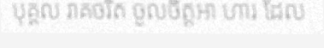
បុគ្គល រាគចរិត ចូលចិត្តឤ ហារ ដែល